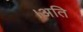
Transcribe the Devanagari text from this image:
।अति